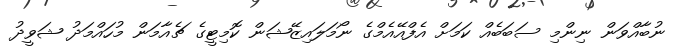
ނުބާއްވަން ނިންމި ސަބަބެއް ކަމަށް އެފްއޭއެމްގެ ނޯމަލައިޒޭޝަން ކޮމިޓީގެ ޗެއާމަން މުހައްމަދު ޝަވީދު